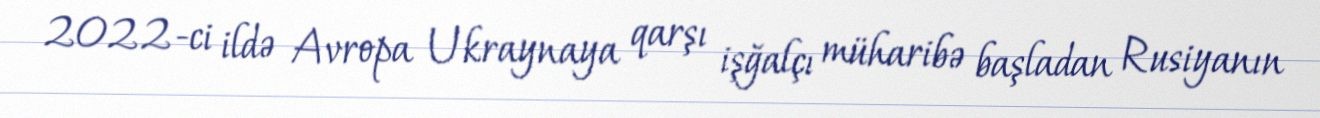
2022-ci ildə Avropa Ukraynaya qarşı işğalçı müharibə başladan Rusiyanın